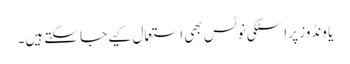
یا ونڈوز پر اسٹکی نوٹس بھی استعمال کیے جا سکتے ہیں۔